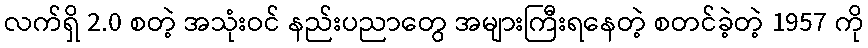
လက်ရှိ 2.0 စတဲ့ အသုံးဝင် နည်းပညာတွေ အများကြီးရနေတဲ့ စတင်ခဲ့တဲ့ 1957 ကို